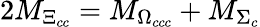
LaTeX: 2M_{\Xi_{cc}}=M_{\Omega_{ccc}}+M_{\Sigma_{c}}